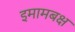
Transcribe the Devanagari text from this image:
इमामबक्ष